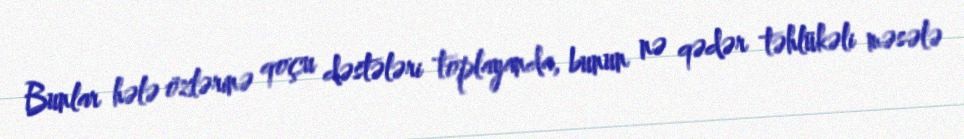
Bunlar hələ özlərinə qoçu dəstələri toplayanda, bunun nə qədər təhlükəli məsələ